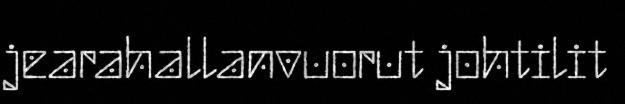
jearahallanvuorut johtilit